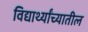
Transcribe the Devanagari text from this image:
विद्यार्थ्यांच्यातील